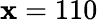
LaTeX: \mathbf{x}=110